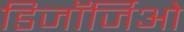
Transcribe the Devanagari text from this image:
डिजॉर्जिओ